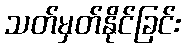
သတ်မှတ်နိုင်ခြင်း